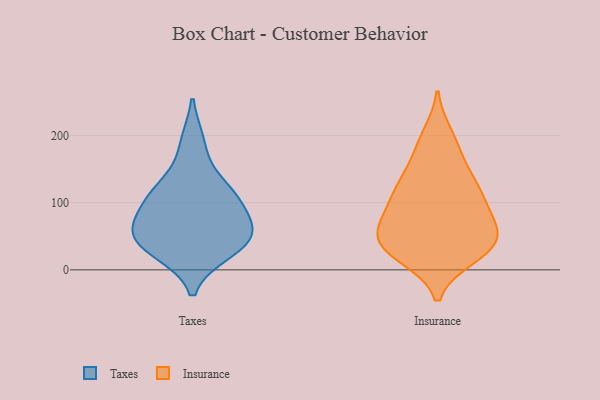
{"axis": {"x": "Shipments", "y": "Value"}, "legend": ["Insurance", "Taxes"], "data": [{"x": "", "y": 28, "type": "Taxes"}, {"x": "", "y": 53, "type": "Taxes"}, {"x": "", "y": 43, "type": "Taxes"}, {"x": "", "y": 75, "type": "Taxes"}, {"x": "", "y": 110, "type": "Taxes"}, {"x": "", "y": 112, "type": "Taxes"}, {"x": "", "y": 64, "type": "Taxes"}, {"x": "", "y": 38, "type": "Taxes"}, {"x": "", "y": 120, "type": "Taxes"}, {"x": "", "y": 188, "type": "Taxes"}, {"x": "", "y": 66, "type": "Insurance"}, {"x": "", "y": 55, "type": "Insurance"}, {"x": "", "y": 33, "type": "Insurance"}, {"x": "", "y": 72, "type": "Insurance"}, {"x": "", "y": 120, "type": "Insurance"}, {"x": "", "y": 200, "type": "Insurance"}, {"x": "", "y": 188, "type": "Insurance"}, {"x": "", "y": 22, "type": "Insurance"}, {"x": "", "y": 20, "type": "Insurance"}, {"x": "", "y": 87, "type": "Insurance"}, {"x": "", "y": 30, "type": "Insurance"}, {"x": "", "y": 161, "type": "Insurance"}, {"x": "", "y": 135, "type": "Insurance"}, {"x": "", "y": 54, "type": "Insurance"}, {"x": "", "y": 36, "type": "Insurance"}, {"x": "", "y": 104, "type": "Insurance"}, {"x": "", "y": 108, "type": "Insurance"}, {"x": "", "y": 127, "type": "Insurance"}, {"x": "", "y": 49, "type": "Insurance"}]}